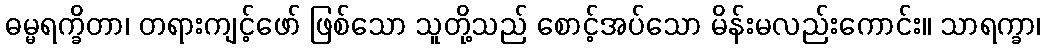
ဓမ္မရက္ခိတာ၊ တရားကျင့်ဖော် ဖြစ်သော သူတို့သည် စောင့်အပ်သော မိန်းမလည်းကောင်း။ သာရက္ခာ၊